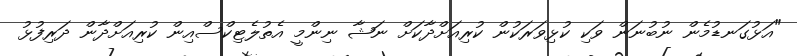
"އަޅުގަނޑުމެން ނުބުނަން ވަކި ކުޅިވަރަކުން ކުރިއަށްދާކަށް ނަޝާ ނިންމީ އެތުލެޓިކްސްއިން ކުރިއަށްދާން ދަރިފުޅު